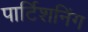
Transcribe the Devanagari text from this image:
पार्टिशनिंग